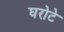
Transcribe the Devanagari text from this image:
घरोटे